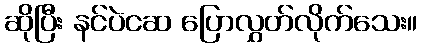
ဆိုပြီး နင်ပဲငဆ ပြောလွှတ်လိုက်သေး။